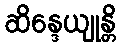
ဆိန္ဒေယျုန္တိ